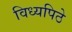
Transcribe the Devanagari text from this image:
विध्यपिठे